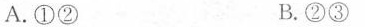
A.①② B.②③